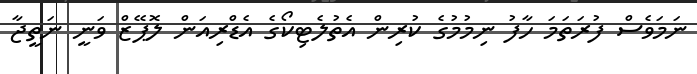
ނަމަވެސް ފުރަތަމަ ހާފު ނިމުމުގެ ކުރިން އެތުލެޓިކޯގެ އެޑްރިއަން ލޮޕޭޒް ވަނީ ނަތީޖާ